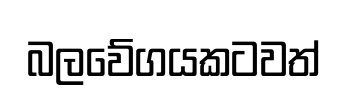
බලවේගයකටවත්